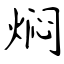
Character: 焖